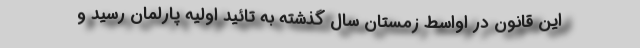
این قانون در اواسط زمستان سال گذشته به تائید اولیه پارلمان رسید و